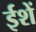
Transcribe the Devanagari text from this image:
ईशें